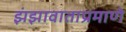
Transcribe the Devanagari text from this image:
झंझावाताप्रमाणे